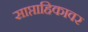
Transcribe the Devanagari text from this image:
साप्ताहिकावर